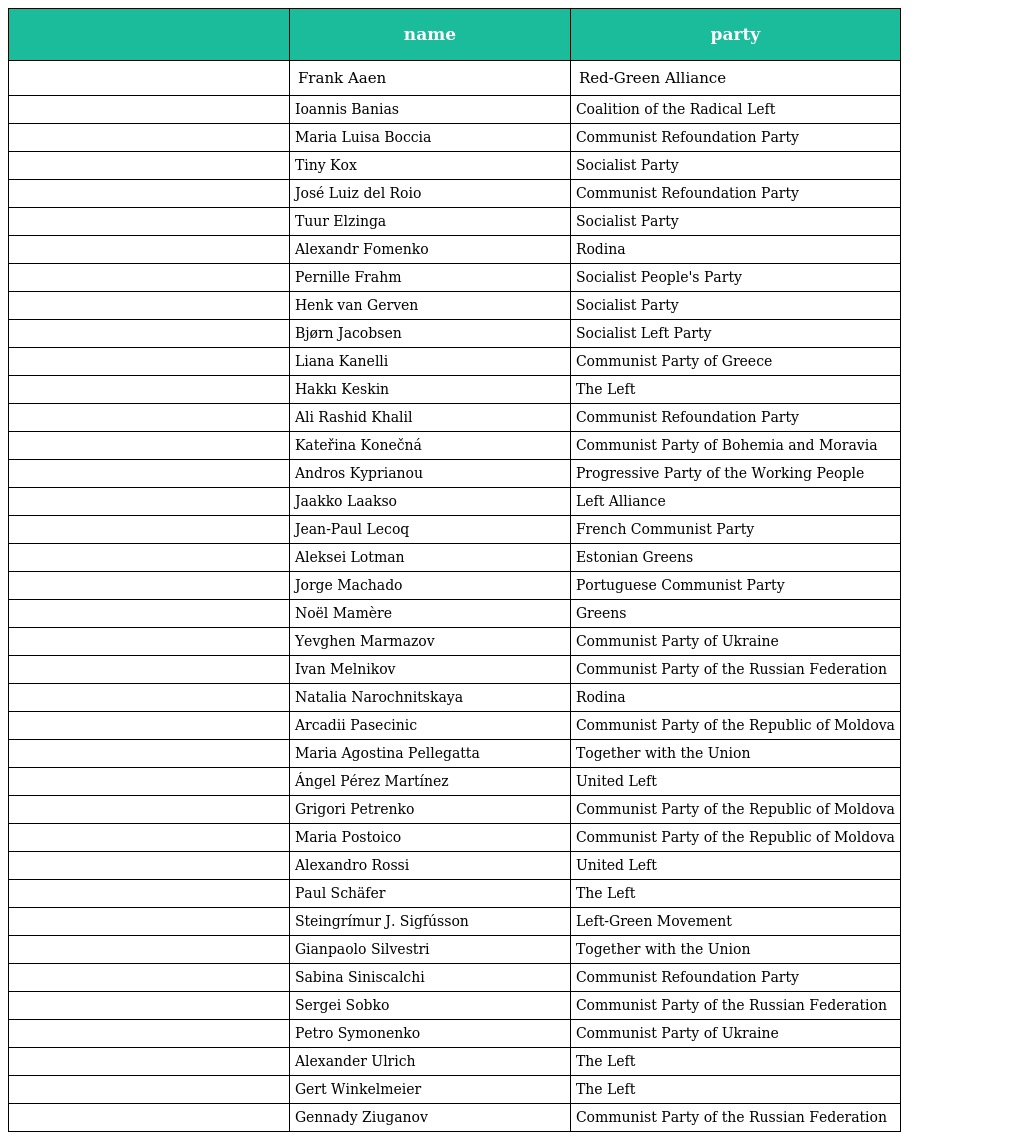
|  | name | party |
 | --- | --- | --- |
 |  | Frank Aaen | Red-Green Alliance |
 |  | Ioannis Banias | Coalition of the Radical Left |
 |  | Maria Luisa Boccia | Communist Refoundation Party |
 |  | Tiny Kox | Socialist Party |
 |  | José Luiz del Roio | Communist Refoundation Party |
 |  | Tuur Elzinga | Socialist Party |
 |  | Alexandr Fomenko | Rodina |
 |  | Pernille Frahm | Socialist People's Party |
 |  | Henk van Gerven | Socialist Party |
 |  | Bjørn Jacobsen | Socialist Left Party |
 |  | Liana Kanelli | Communist Party of Greece |
 |  | Hakkı Keskin | The Left |
 |  | Ali Rashid Khalil | Communist Refoundation Party |
 |  | Kateřina Konečná | Communist Party of Bohemia and Moravia |
 |  | Andros Kyprianou | Progressive Party of the Working People |
 |  | Jaakko Laakso | Left Alliance |
 |  | Jean-Paul Lecoq | French Communist Party |
 |  | Aleksei Lotman | Estonian Greens |
 |  | Jorge Machado | Portuguese Communist Party |
 |  | Noël Mamère | Greens |
 |  | Yevghen Marmazov | Communist Party of Ukraine |
 |  | Ivan Melnikov | Communist Party of the Russian Federation |
 |  | Natalia Narochnitskaya | Rodina |
 |  | Arcadii Pasecinic | Communist Party of the Republic of Moldova |
 |  | Maria Agostina Pellegatta | Together with the Union |
 |  | Ángel Pérez Martínez | United Left |
 |  | Grigori Petrenko | Communist Party of the Republic of Moldova |
 |  | Maria Postoico | Communist Party of the Republic of Moldova |
 |  | Alexandro Rossi | United Left |
 |  | Paul Schäfer | The Left |
 |  | Steingrímur J. Sigfússon | Left-Green Movement |
 |  | Gianpaolo Silvestri | Together with the Union |
 |  | Sabina Siniscalchi | Communist Refoundation Party |
 |  | Sergei Sobko | Communist Party of the Russian Federation |
 |  | Petro Symonenko | Communist Party of Ukraine |
 |  | Alexander Ulrich | The Left |
 |  | Gert Winkelmeier | The Left |
 |  | Gennady Ziuganov | Communist Party of the Russian Federation |